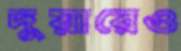
দুয়ারেও